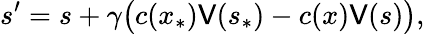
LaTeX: s^{\prime}=s+\gamma\bigl(c(x_{\ast})\mathsf{V}(s_{\ast})-c(x)\mathsf{V}(s)\bigr),